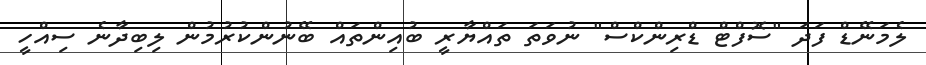
ލެމަނޭޑް ފަދަ "ސޮފްޓް ޑްރިންކްސް" ނުވަތަ ތައްޔާރީ ބުއިންތައް ބޭނުންކުރުމުން ލިބިދާނެ ސިއްހީ